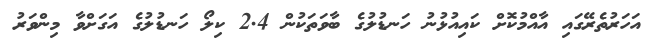
އަހަރުތެރޭގައި އާއްމުކޮށް ކައިއުޅުނު ހަނޑުލުގެ ބާވަތަކުން 2.4 ކިލޯ ހަނޑުލުގެ އަގަށްވާ މިންވަރު